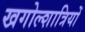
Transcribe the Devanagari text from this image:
खगोल्शात्रियों